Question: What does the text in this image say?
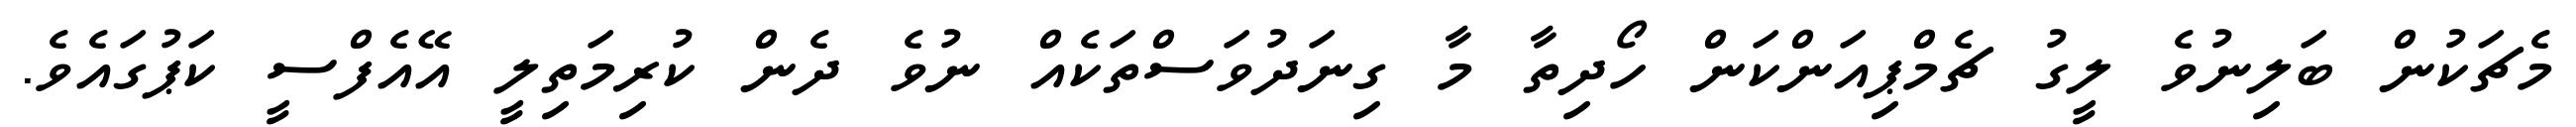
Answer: މެޗަކުން ބަލިނުވެ ލީގު ޗެމްޕިއަންކަން ހޯދިތާ މާ ގިނަދުވަސްތަކެއް ނުވެ ދެން ކުރިމަތިލީ އޭއެފްސީ ކަޕުގައެވެ.